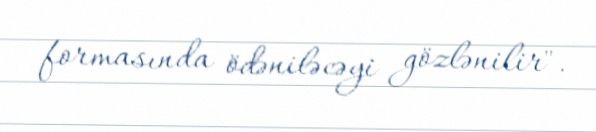
formasında ödəniləcəyi gözlənilir".